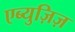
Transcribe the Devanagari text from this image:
एब्युज़िज़